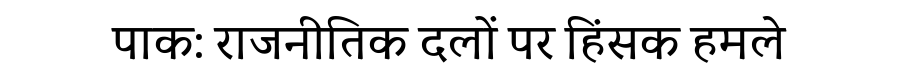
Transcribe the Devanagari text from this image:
पाक: राजनीतिक दलों पर हिंसक हमले